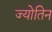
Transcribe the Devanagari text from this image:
ज्योतिन